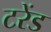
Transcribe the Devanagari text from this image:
टरेंड